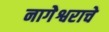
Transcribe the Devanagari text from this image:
नागेेश्वराचे